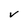
Character: v